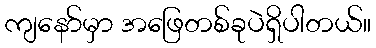
ကျနော်မှာ အဖြေတစ်ခုပဲရှိပါတယ်။